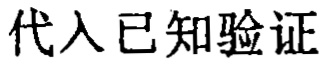
代入已知验证